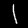
Digit: 1